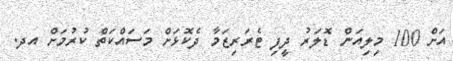
އަށް 100 މިލިއަން ޑޮލަރު ދީފި ޓެރަރިޒަމާ ދެކޮޅަށް މަސައްކަތް ކުރުމަށް އދ.